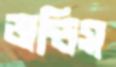
জন্ডিস